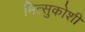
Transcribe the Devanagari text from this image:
मित्सुकोशी